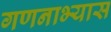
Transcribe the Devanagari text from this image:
गणनाभ्यास